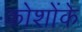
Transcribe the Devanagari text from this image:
कोशोंके